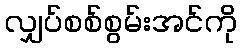
လျှပ်စစ်စွမ်းအင်ကို